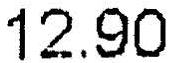
12.90